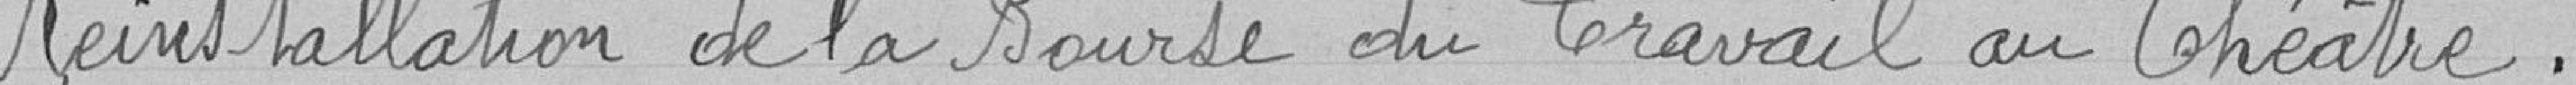
Réinstallation de la Bourse du Travail au Théatre